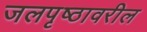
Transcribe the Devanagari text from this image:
जलपृष्ठावरील